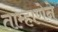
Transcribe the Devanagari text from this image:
ताम्हाणेने